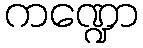
ကဏ္ဍော